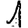
Digit: 1